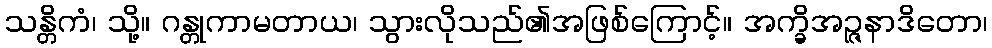
သန္တိကံ၊ သို့။ ဂန္တုကာမတာယ၊ သွားလိုသည်၏အဖြစ်ကြောင့်။ အက္ခိအဉ္ဇနာဒိတော၊